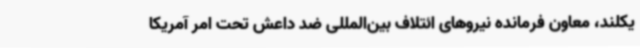
یکلند، معاون فرمانده نیروهای ائتلاف بین‌المللی ضد داعش تحت امر آمریکا